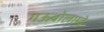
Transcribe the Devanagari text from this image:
गऊबोलाम्बे